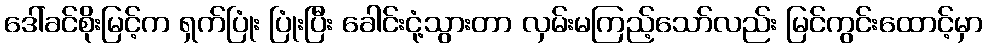
ဒေါ်ခင်စိုးမြင့်က ရှက်ပြုံး ပြုံးပြီး ခေါင်းငုံ့သွားတာ လှမ်းမကြည့်သော်လည်း မြင်ကွင်းထောင့်မှာ